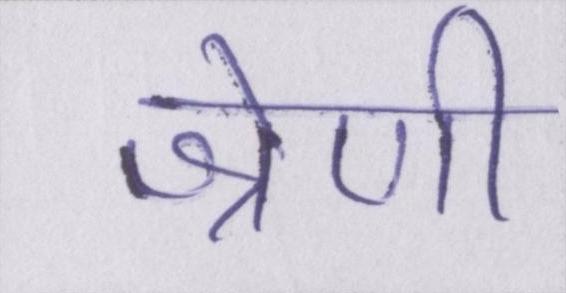
श्रेणी